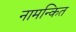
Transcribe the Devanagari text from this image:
नामन्कित